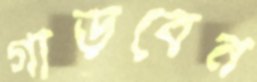
গাড়বেন